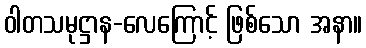
ဝါတသမုဋ္ဌာန-လေကြောင့် ဖြစ်သော အနာ။